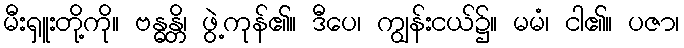
မီးရှူးတို့ကို။ ဗန္ဓန္တိ၊ ဖွဲ့ကုန်၏။ ဒီပေ၊ ကျွန်းငယ်၌။ မမံ၊ ငါ၏။ ပဇာ၊